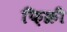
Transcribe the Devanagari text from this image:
फ़िक्री